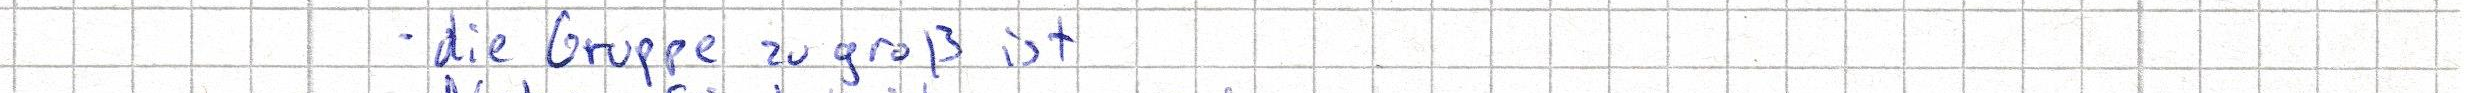
- die Gruppe zu groß ist